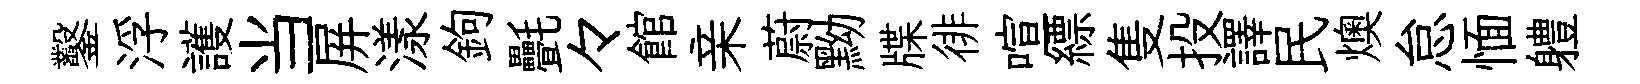
鑿浮護当屏漾鉤㲲々館亲蔚黝牒徘喧縹隻投譯民燠怠愐軆